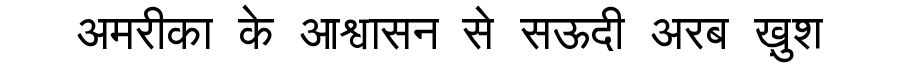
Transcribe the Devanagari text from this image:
अमरीका के आश्वासन से सऊदी अरब ख़ुश